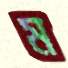
ম